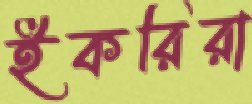
ইকরিরা